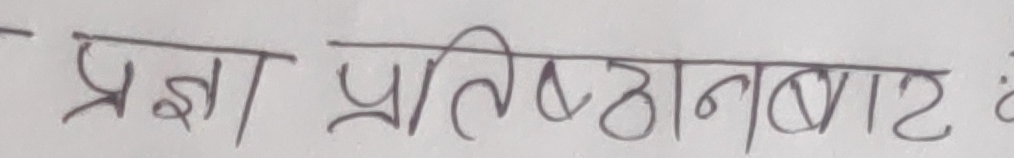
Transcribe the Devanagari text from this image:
प्रज्ञा प्रतिष्ठानबाट